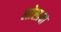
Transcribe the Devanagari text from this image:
लोसावा